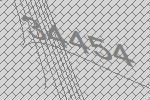
34454